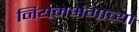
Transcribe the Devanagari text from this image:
नियमभंगाच्या